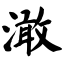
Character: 澉